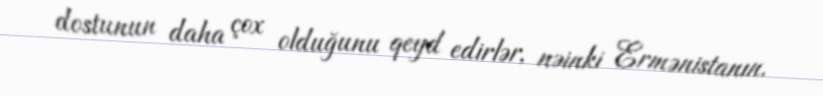
dostunun daha çox olduğunu qeyd edirlər, nəinki Ermənistanın.